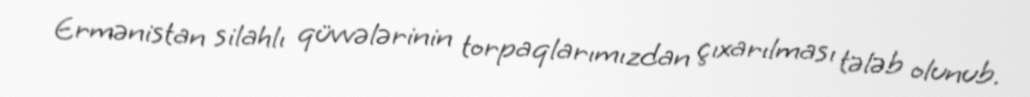
Ermənistan silahlı qüvvələrinin torpaqlarımızdan çıxarılması tələb olunub.